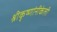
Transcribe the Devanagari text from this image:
श्रीकृष्णांनीकेली